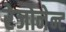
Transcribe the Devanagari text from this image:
रेजोनेन्ट